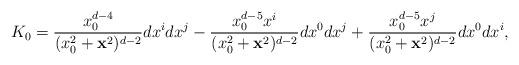
LaTeX: \begin{align*}K_0={x_0^{d-4} \over (x_0^2 + {\bf x}^2)^{d-2} } dx^i dx^j - {x_0^{d-5} x^i \over (x_0^2 + {\bf x}^2)^{d-2} } dx^0 dx^j + {x_0^{d-5} x^j \over (x_0^2 + {\bf x}^2)^{d-2} } dx^0 dx^i,\end{align*}